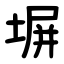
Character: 塀